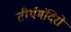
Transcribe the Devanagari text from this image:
तीर्थमंदिरों